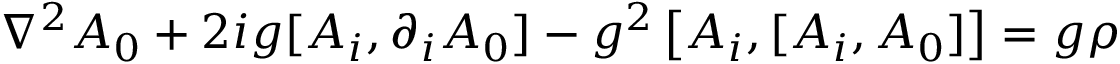
\nabla ^ { 2 } A _ { 0 } + 2 i g [ A _ { i } , \partial _ { i } A _ { 0 } ] - g ^ { 2 } \left[ A _ { i } , [ A _ { i } , A _ { 0 } ] \right] = g \rho